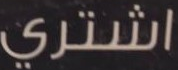
اشتري